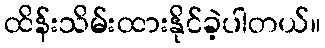
ထိန်းသိမ်းထားနိုင်ခဲ့ပါတယ်။